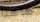
هاهنا